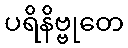
ပရိနိဗ္ဗုတေ